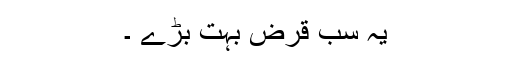
یہ سب قرض بہت بڑے ۔